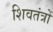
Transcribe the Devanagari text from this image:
शिवतंत्रों